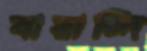
বারান্দি